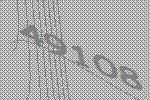
49108